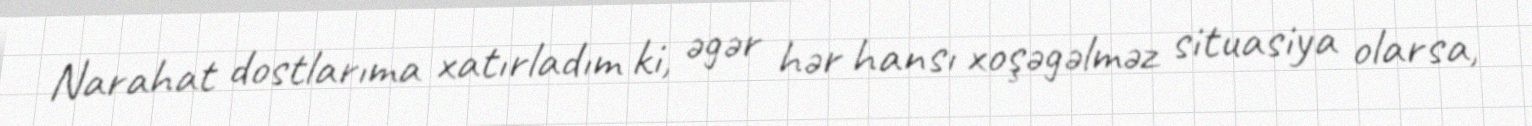
Narahat dostlarıma xatırladım ki, əgər hər hansı xoşəgəlməz situasiya olarsa,